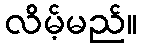
လိမ့်မည်။